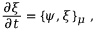
\frac { \partial \xi } { \partial t } = \{ \psi , \xi \} _ { \mu } \ ,